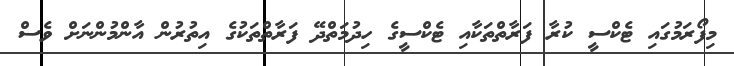
މިފޯރަމުގައި ޓެކްސީ ކުރާ ފަރާތްތަކާއި ޓެކްސީގެ ހިދުމަތްދޭ ފަރާތްތަކުގެ އިތުރުން އާންމުންނަށް ވެސް